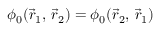
\phi _ { 0 } ( { \vec { r } } _ { 1 } , \, { \vec { r } } _ { 2 } ) = \phi _ { 0 } ( { \vec { r } } _ { 2 } , \, { \vec { r } } _ { 1 } )